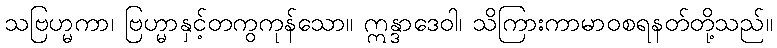
သဗြဟ္မကာ၊ ဗြဟ္မာနှင့်တကွကုန်သော။ ဣန္ဒာဒေဝါ၊ သိကြားကာမာဝစရနတ်တို့သည်။